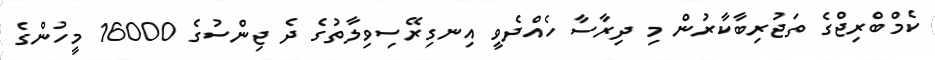
ކެމްބްރިޖްގެ ތަޖުރިބާކާރުން މި ދިރާސާ ހެއްދެވީ އިނގިރޭސިވިލާތުގެ ދެ ޖިންސުގެ 16000 މީހުންގެ